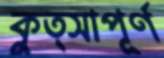
কুত্সাপূর্ণ